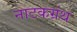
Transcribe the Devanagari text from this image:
नाटकग्रंथ